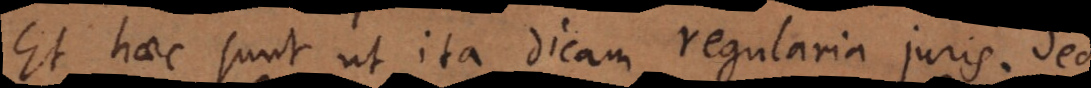
Et haec sunt ut ita dicam regularia juris. Sed